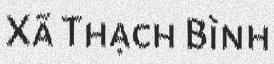
Xã Thạch Bình